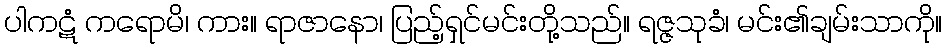
ပါကဋံ ကရောမိ၊ ကား။ ရာဇာနော၊ ပြည့်ရှင်မင်းတို့သည်။ ရဇ္ဇသုခံ၊ မင်း၏ချမ်းသာကို။